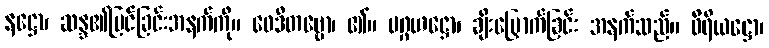
နဋ္ဌော၊ ဆန္ဒ၏မြင်ခြင်းအနက်ကို။ ဝေဒိတဗ္ဗော၊ ၏။ ပဂ္ဂဟဋ္ဌော၊ ချီးမြှောက်ခြင်း အနက်သည်။ ဝီရိယဋ္ဌော၊